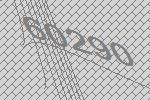
60290